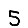
Digit: 5